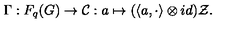
\Gamma : F _ { q } ( G ) \rightarrow { \cal C } : a \mapsto ( \langle a , \cdot \rangle \otimes i d ) { \cal Z } .